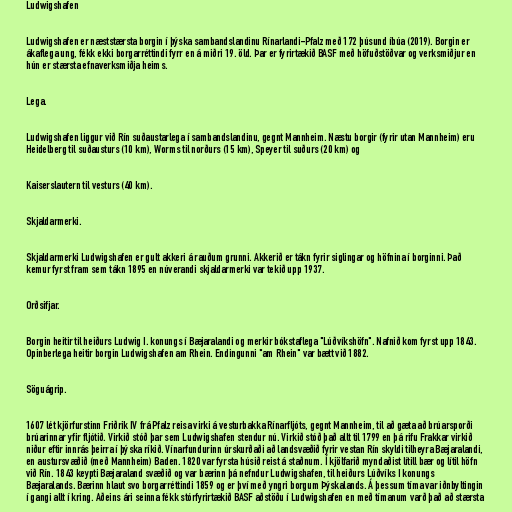
Ludwigshafen

Ludwigshafen er næststærsta borgin í þýska sambandslandinu Rínarlandi-Pfalz með 172 þúsund íbúa (2019). Borgin er
ákaflega ung, fékk ekki borgarréttindi fyrr en á miðri 19. öld. Þar er fyrirtækið BASF með höfuðstöðvar og verksmiðjur en
hún er stærsta efnaverksmiðja heims.

Lega.

Ludwigshafen liggur við Rín suðaustarlega í sambandslandinu, gegnt Mannheim. Næstu borgir (fyrir utan Mannheim) eru
Heidelberg til suðausturs (10 km), Worms til norðurs (15 km), Speyer til suðurs (20 km) og

Kaiserslautern til vesturs (40 km).

Skjaldarmerki.

Skjaldarmerki Ludwigshafen er gult akkeri á rauðum grunni. Akkerið er tákn fyrir siglingar og höfnina í borginni. Það
kemur fyrst fram sem tákn 1895 en núverandi skjaldarmerki var tekið upp 1937.

Orðsifjar.

Borgin heitir til heiðurs Ludwig I. konungs í Bæjaralandi og merkir bókstaflega "Lúðvíkshöfn". Nafnið kom fyrst upp 1843.
Opinberlega heitir borgin Ludwigshafen am Rhein. Endingunni "am Rhein" var bætt við 1882.

Söguágrip.

1607 lét kjörfurstinn Friðrik IV frá Pfalz reisa virki á vesturbakka Rínarfljóts, gegnt Mannheim, til að gæta að brúarsporði
brúarinnar yfir fljótið. Virkið stóð þar sem Ludwigshafen stendur nú. Virkið stóð það allt til 1799 en þá rifu Frakkar virkið
niður eftir innrás þeirra í þýska ríkið. Vínarfundurinn úrskurðaði að landsvæðið fyrir vestan Rín skyldi tilheyra Bæjaralandi,
en austursvæðið (með Mannheim) Baden. 1820 var fyrsta húsið reist á staðnum. Í kjölfarið myndaðist lítill bær og lítil höfn
við Rín. 1843 keypti Bæjaraland svæðið og var bærinn þá nefndur Ludwigshafen, til heiðurs Lúðvíks I konungs
Bæjaralands. Bærinn hlaut svo borgarréttindi 1859 og er því með yngri borgum Þýskalands. Á þessum tíma var iðnbyltingin
í gangi allt í kring. Aðeins ári seinna fékk stórfyrirtækið BASF aðstöðu í Ludwigshafen en með tímanum varð það að stærsta